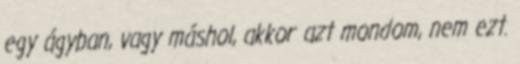
egy ágyban, vagy máshol, akkor azt mondom, nem ezt.